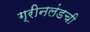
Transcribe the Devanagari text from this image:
ग्रीनलंडची